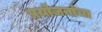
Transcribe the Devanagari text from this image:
प्रयोजनांचा